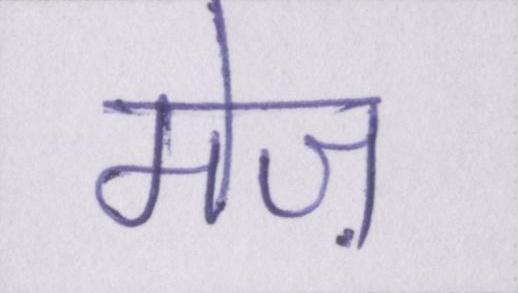
मेज़